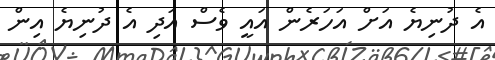
އެ ދުނިޔެ އަށް އަހަރެން އައީ ވެސް އަދި އެ ދުނިޔެ އިން